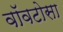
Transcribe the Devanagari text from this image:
वॉवटोसा